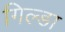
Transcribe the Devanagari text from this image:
गिल्डा